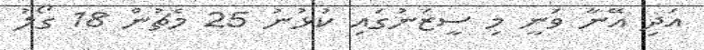
އަދި އޭނާ ވަނީ މި ސީޒަނުގައި ކުޅުނު 25 މެޗުން 18 ގޯލު